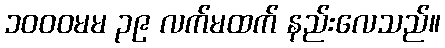
၁၀၀၀မမ ၃၉ လက်မထက် နည်းလေသည်။